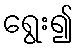
ရွေး၍